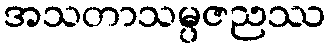
အသတာသမ္ပဇညဿ